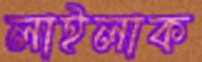
লাইলাক